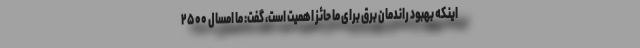
اینکه بهبود راندمان برق برای ما حائز اهمیت است، گفت: ما امسال ۲۵۰۰